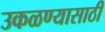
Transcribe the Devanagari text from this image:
उकळण्यासाठी